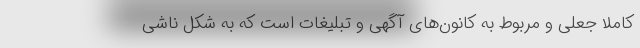
کاملا جعلی و مربوط به کانون‌های آگهی و تبلیغات است که به شکل ناشی